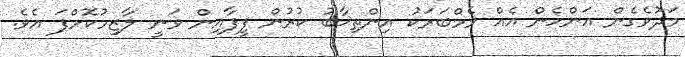
މަދުވެގެން އަންހެން އެއް މެމްބަރަކު އިންތިޚާބު ކުރުން ފީފާއިން ވަނީ ލާޒިމުކޮށްފަ އެވެ.